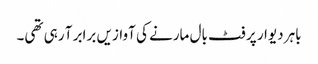
باہر دیوار پر فٹ بال مارنے کی آوازیں برابر آ رہی تھی۔